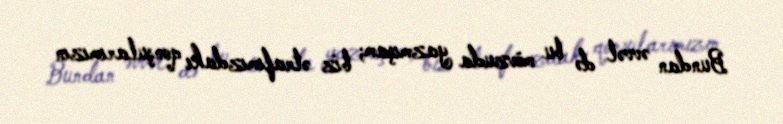
Bundan əvvəl də bu mövzuda yazmışam; biz ətrafımızdakı qonşularımızın